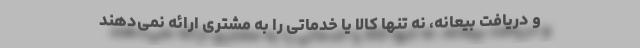
و دریافت بیعانه، نه ‌تنها کالا یا خدماتی را به مشتری ارائه نمی‌دهند